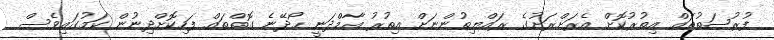
ފުރުޞަތުތައް އިތުރުކޮށް އެރަށްރަށުގެ ރައްޔިތުންނަށް އިތުރު އާމްދަނީ ހޯދޭނެ ގޮތްތައް ފަހިކޮށްދިނުން ކަމުގައިވެސް